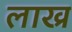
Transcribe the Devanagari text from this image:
लाख्र